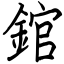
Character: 錧